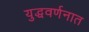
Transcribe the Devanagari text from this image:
युद्धवर्णनात